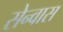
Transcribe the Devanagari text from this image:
सेन्वास